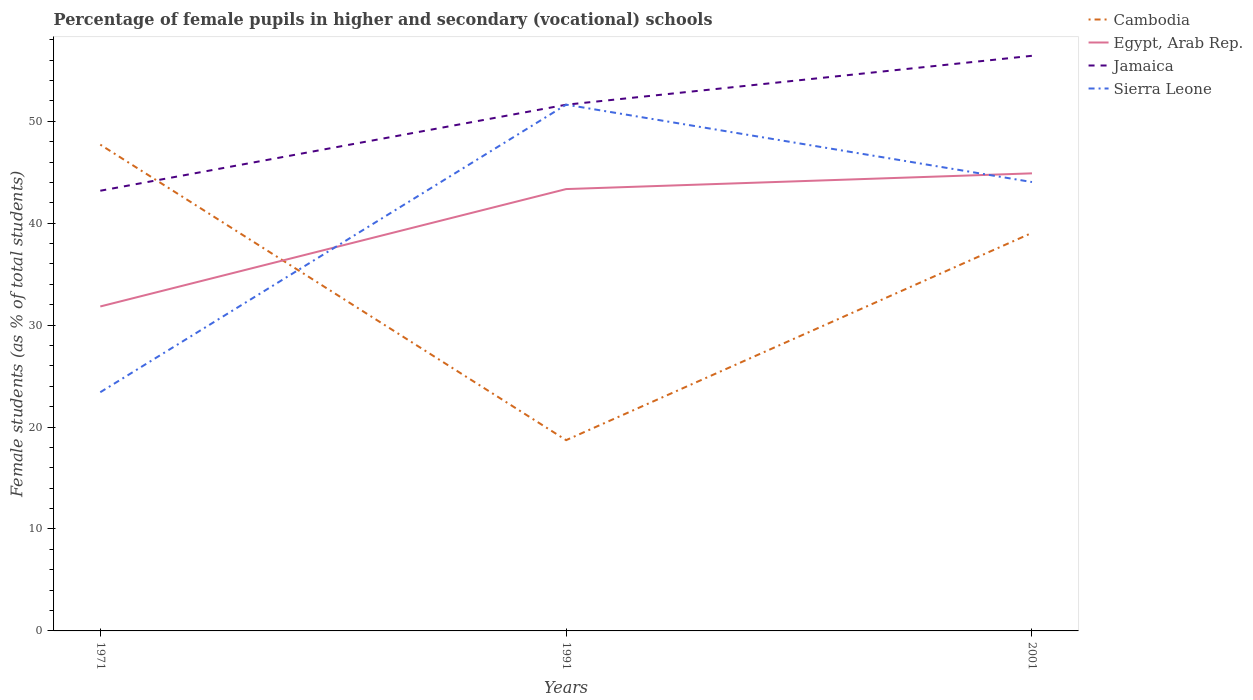
| Years | Cambodia | Egypt, Arab Rep. | Jamaica | Sierra Leone |
 | --- | --- | --- | --- | --- |
 | 1971 | 47.7 | 31.8 | 43.2 | 23.4 |
 | 1991 | 18.7 | 43.3 | 51.6 | 51.6 |
 | 2001 | 39.1 | 44.9 | 56.4 | 44 |